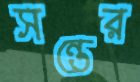
সন্তের